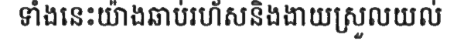
ទាំងនេះយ៉ាងឆាប់រហ័សនិងងាយស្រួលយល់